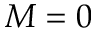
M = 0